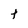
Character: t